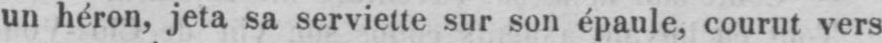
un héron, jeta sa serviette sur son épaule, courut vers